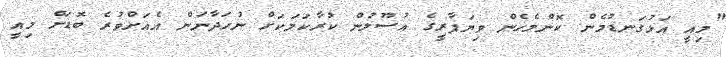
"މިއީ އަޅުގަނޑުމެން ކޮންމެހެން ވިޔަފާރީގެ އުސޫލުން ކުރާކަމަކަށް ނުހަދާނަން އެއަށްވުރެ ބޮޑަށް މިއީ